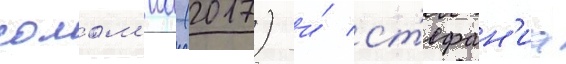
солом'иа (2017) и́ ст'ефан'иа